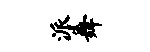
派舞